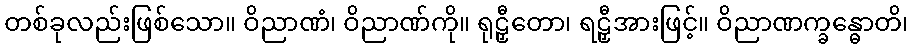
တစ်ခုလည်းဖြစ်သော။ ဝိညာဏံ၊ ဝိညာဏ်ကို။ ရုဠှီတော၊ ရဠှီအားဖြင့်။ ဝိညာဏက္ခန္ဓောတိ၊